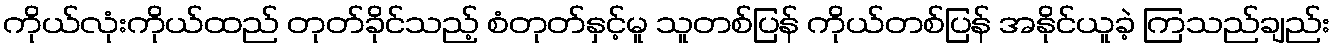
ကိုယ်လုံးကိုယ်ထည် တုတ်ခိုင်သည့် စံတုတ်နှင့်မူ သူတစ်ပြန် ကိုယ်တစ်ပြန် အနိုင်ယူခဲ့ ကြသည်ချည်း